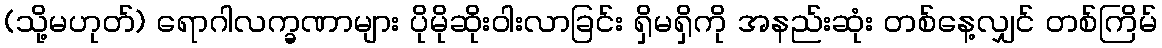
(သို့မဟုတ်) ရောဂါလက္ခဏာများ ပိုမိုဆိုးဝါးလာခြင်း ရှိမရှိကို အနည်းဆုံး တစ်နေ့လျှင် တစ်ကြိမ်